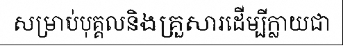
សម្រាប់បុគ្គលនិងគ្រួសារដើម្បីក្លាយជា